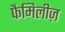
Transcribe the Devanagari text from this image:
फैमिलीज़